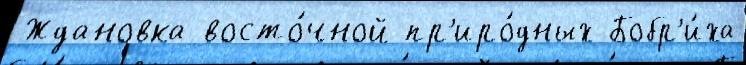
Ждановка восто́чной пр'иро́дных Бобр'и́ха